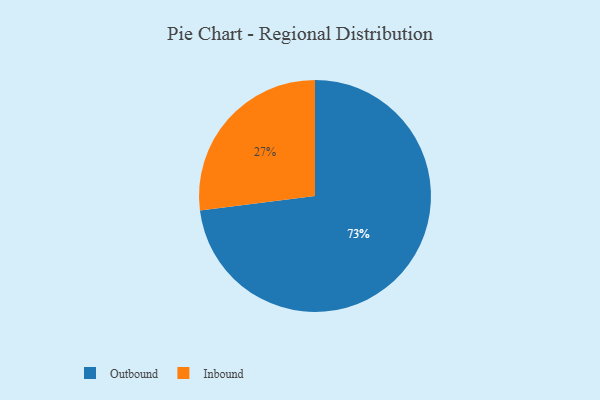
{"axis": {"x": "Category", "y": "Percentage"}, "legend": ["Inbound", "Outbound"], "data": [{"x": "Outbound", "y": 73, "type": "Outbound"}, {"x": "Inbound", "y": 27, "type": "Inbound"}]}